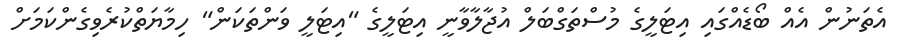
އެތަނުން އެއް ބޯޑެއްގައި އިޓަލީގެ މުސްތަގްބަލް އުޖާލާވާނީ އިޓަލީގެ "އިޓަލީ ވަންތަކަން" ހިމާޔަތްކުރެވިގެންކަމަށް